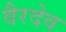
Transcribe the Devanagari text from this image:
वैरदेव